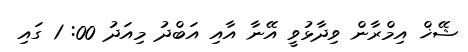
ޝޭޚް އިމްރާން ވިދާޅުވީ އޭނާ އާއި އަބްދު މިއަދު 00: 1 ގައި